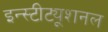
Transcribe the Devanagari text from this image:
इन्स्टीट्यूशनल